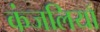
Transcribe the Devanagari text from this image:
कंजलियाँ